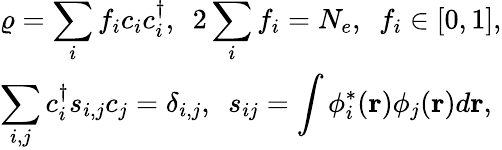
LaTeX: \begin{array}{l}{{\displaystyle\varrho=\sum_{i}f_{i}c_{i}c_{i}^{\dagger},~~}{\displaystyle 2\sum_{i}f_{i}=N_{e},~~f_{i}\in[0,1],}}\\ {{\displaystyle\sum_{i,j}c_{i}^{\dagger}s_{i,j}c_{j}=\delta_{i,j},~~}{\displaystyle s_{ij}=\int\phi_{i}^{*}({\mathbf r})\phi_{j}({\mathbf r})d{\mathbf r}},}\end{array}